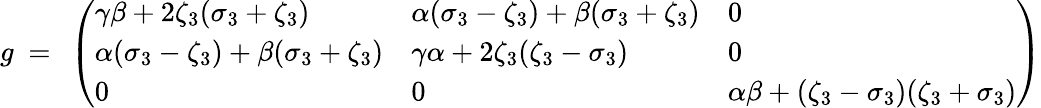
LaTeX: g\ =\ \left(\begin{array}{lll}{\gamma\beta+2\zeta_{3}(\sigma_{3}+\zeta_{3})}&{\alpha(\sigma_{3}-\zeta_{3})+\beta(\sigma_{3}+\zeta_{3})}&{0}\\ {\alpha(\sigma_{3}-\zeta_{3})+\beta(\sigma_{3}+\zeta_{3})}&{\gamma\alpha+2\zeta_{3}(\zeta_{3}-\sigma_{3})}&{0}\\ {0}&{0}&{\alpha\beta+(\zeta_{3}-\sigma_{3})(\zeta_{3}+\sigma_{3})}\end{array}\right)